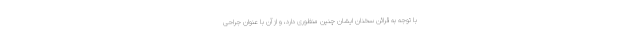
با توجه به قرائن سخنان ایشان چنین منظوری دارد، و از آن با عنوان جراحی